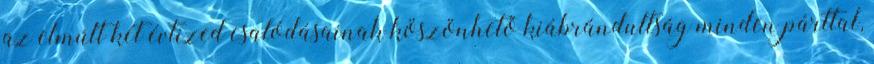
az elmúlt két évtized csalódásainak köszönhető kiábrándultság minden párttal,